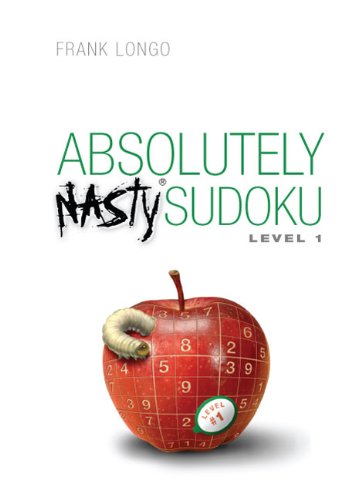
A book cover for Absolutely Nasty Sudoku Level 1; Frank Longo; Humor & Entertainment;